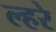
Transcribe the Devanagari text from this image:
ल्हरे